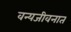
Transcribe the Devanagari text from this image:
वन्यजीवनात